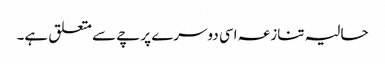
حالیہ تنازعہ اسی دوسرے پرچے سے متعلق ہے۔